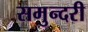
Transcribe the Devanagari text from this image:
समुन्दरी